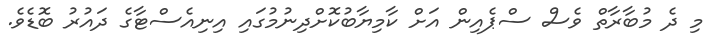
މި ދެ މުބާރާތް ވެސް ސްޕެއިން އަށް ކާމިޔާބުކޮށްދިނުމުގައި އިނިއެސްޓާގެ ދައުރު ބޮޑެވެ.